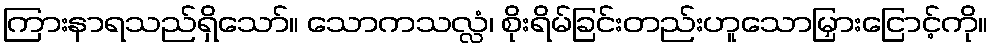
ကြားနာရသည်ရှိသော်။ သောကသလ္လံ၊ စိုးရိမ်ခြင်းတည်းဟူသောမြှားငြောင့်ကို။